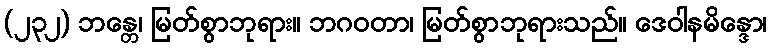
(၂၃၂) ဘန္တေ၊ မြတ်စွာဘုရား။ ဘဂဝတာ၊ မြတ်စွာဘုရားသည်။ ဒေဝါနမိန္ဒော၊